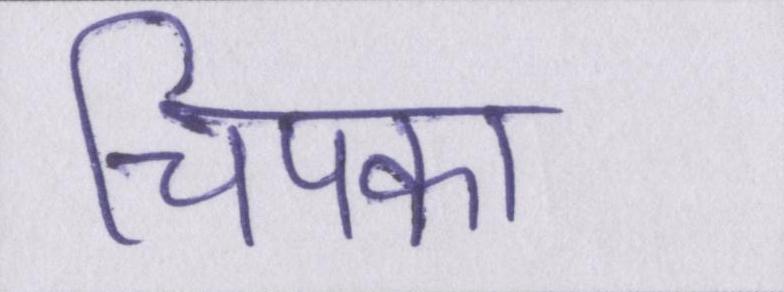
चिपका